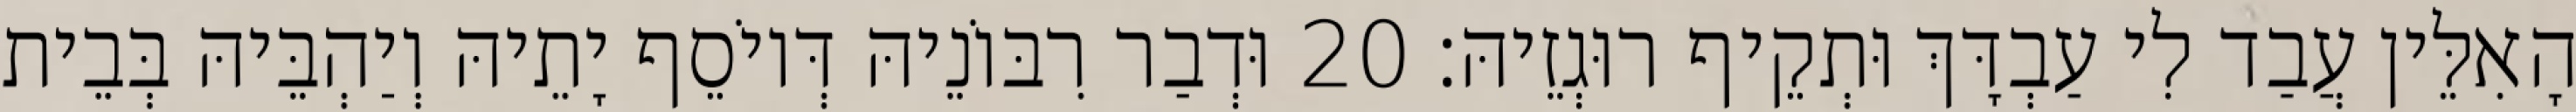
הָאִלֵּין עֲבַד לִי עַבְדָּךְ וּתְקֵיף רוּגְזֵיהּ׃ 20 וּדְבַר רִבּוֹנֵיהּ דְּיוֹסֵף יָתֵיהּ וְיַהְבֵּיהּ בְּבֵית